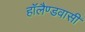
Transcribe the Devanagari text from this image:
हॉलैण्डवासी